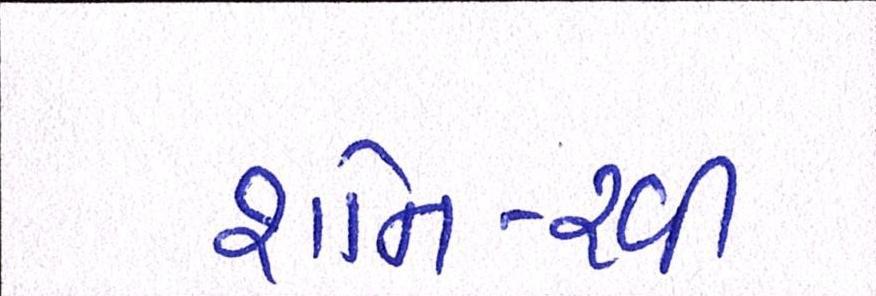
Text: શનિ-રવી